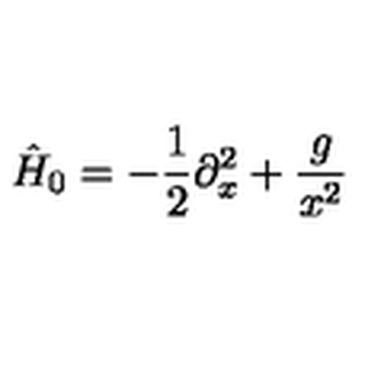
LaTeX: \hat { H } _ { 0 } = - \frac { 1 } { 2 } \partial _ { x } ^ { 2 } + \frac { g } { x ^ { 2 } }